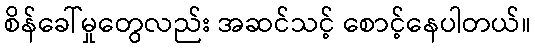
စိန်ခေါ်မှုတွေလည်း အဆင်သင့် စောင့်နေပါတယ်။